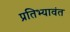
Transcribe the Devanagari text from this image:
प्रतिभ्यावंत